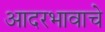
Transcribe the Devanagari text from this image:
आदरभावाचे